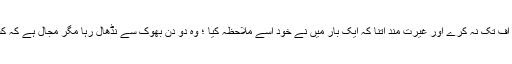
صابر اتنا کہ برا بھلا کہنے پر اف تک نہ کرے اور غیرت مند اتنا کہ ایک بار میں نے خود اسے ملاحظہ کیا ؛ وہ دو دن بھوک سے نڈھال رہا مگر مجال ہے کہ کسی کے آگے ہاتھ پھیلائے ہوں۔